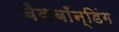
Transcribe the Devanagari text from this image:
बैकबाँन्डिंग